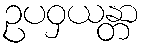
ဥပဝှယန္တာ